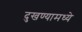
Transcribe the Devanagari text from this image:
दुखण्यामध्ये